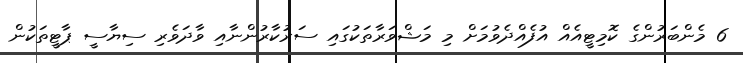
6 މެންބަރުންގެ ކޮމިޓީއެއް އުފެއްދެވުމަށް މި މަޝްވަރާތަކުގައި ސަރުކާރުންނާއި ވާދަވެރި ސިޔާސީ ޕާޓީތަކުން